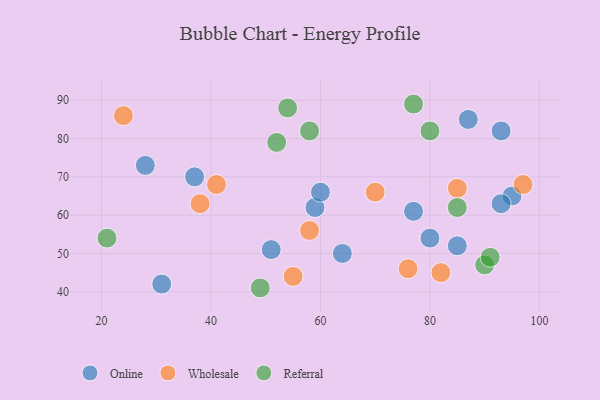
{"axis": {"x": "GDP", "y": "Life Expectancy"}, "legend": ["Online", "Referral", "Wholesale"], "data": [{"x": "80", "y": 54, "type": "Online"}, {"x": "37", "y": 70, "type": "Online"}, {"x": "87", "y": 85, "type": "Online"}, {"x": "31", "y": 42, "type": "Online"}, {"x": "51", "y": 51, "type": "Online"}, {"x": "28", "y": 73, "type": "Online"}, {"x": "95", "y": 65, "type": "Online"}, {"x": "93", "y": 82, "type": "Online"}, {"x": "64", "y": 50, "type": "Online"}, {"x": "93", "y": 63, "type": "Online"}, {"x": "59", "y": 62, "type": "Online"}, {"x": "77", "y": 61, "type": "Online"}, {"x": "60", "y": 66, "type": "Online"}, {"x": "85", "y": 52, "type": "Online"}, {"x": "97", "y": 68, "type": "Wholesale"}, {"x": "76", "y": 46, "type": "Wholesale"}, {"x": "70", "y": 66, "type": "Wholesale"}, {"x": "41", "y": 68, "type": "Wholesale"}, {"x": "38", "y": 63, "type": "Wholesale"}, {"x": "82", "y": 45, "type": "Wholesale"}, {"x": "85", "y": 67, "type": "Wholesale"}, {"x": "24", "y": 86, "type": "Wholesale"}, {"x": "58", "y": 56, "type": "Wholesale"}, {"x": "55", "y": 44, "type": "Wholesale"}, {"x": "58", "y": 82, "type": "Referral"}, {"x": "90", "y": 47, "type": "Referral"}, {"x": "91", "y": 49, "type": "Referral"}, {"x": "52", "y": 79, "type": "Referral"}, {"x": "21", "y": 54, "type": "Referral"}, {"x": "49", "y": 41, "type": "Referral"}, {"x": "54", "y": 88, "type": "Referral"}, {"x": "85", "y": 62, "type": "Referral"}, {"x": "77", "y": 89, "type": "Referral"}, {"x": "80", "y": 82, "type": "Referral"}]}